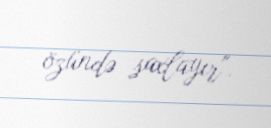
özündə saxlayır".